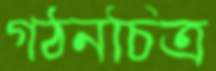
গঠনচিত্র